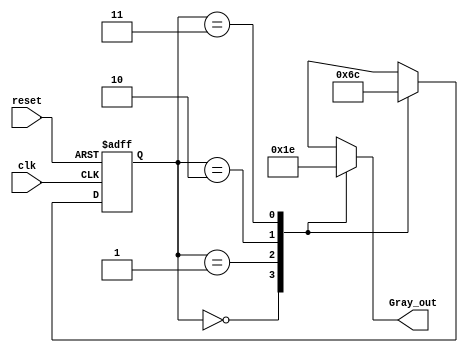
module gray_code_generator(
    input wire clk,          // Clock signal
    input wire reset,        // Asynchronous reset signal
    output reg [1:0] Gray_out // 2-bit Gray code output
);

// State encoding
localparam S0 = 2'b00; // State 0
localparam S1 = 2'b01; // State 1
localparam S2 = 2'b10; // State 2
localparam S3 = 2'b11; // State 3

// Current state register
reg [1:0] current_state;

// State transition on clock edge
always @(posedge clk or posedge reset) begin
    if (reset) begin
        current_state <= S0; // Reset state to S0
    end else begin
        case (current_state)
            S0: current_state <= S1; // Transition from S0 to S1
            S1: current_state <= S2; // Transition from S1 to S2
            S2: current_state <= S3; // Transition from S2 to S3
            S3: current_state <= S0; // Transition from S3 to S0
            default: current_state <= S0; // Default state
        endcase
    end
end

// Output logic based on the current state (Moore machine)
always @(*) begin
    case (current_state)
        S0: Gray_out = 2'b00; // Output for S0
        S1: Gray_out = 2'b01; // Output for S1
        S2: Gray_out = 2'b11; // Output for S2
        S3: Gray_out = 2'b10; // Output for S3
        default: Gray_out = 2'b00; // Default output
    endcase
end

endmodule